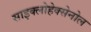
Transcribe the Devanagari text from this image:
साइक्लोहेक्सेनोल